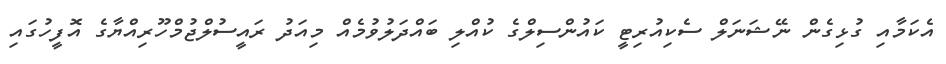
އެކަމާއި ގުޅިގެން ނޭޝަނަލް ސެކިއުރިޓީ ކައުންސިލްގެ ކުއްލި ބައްދަލުވުމެއް މިއަދު ރައީސުލްޖުމްހޫރިއްޔާގެ އޮފީހުގައި